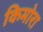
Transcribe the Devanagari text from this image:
किमोरा